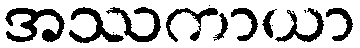
အဿကာယာ